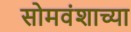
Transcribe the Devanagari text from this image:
सोमवंशाच्या